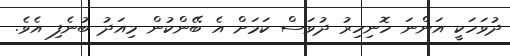
ދުވަހަކީ އަންނަ ހޮނިހިރު ދުވަސް ކަމަށް އެ ބޭންކުން މިއަދު ބުނެފި އެވެ.